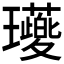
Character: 𭺖